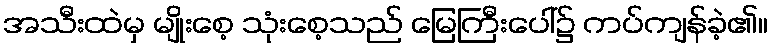
အသီးထဲမှ မျိုးစေ့ သုံးစေ့သည် မြေကြီးပေါ်၌ ကပ်ကျန်ခဲ့၏။